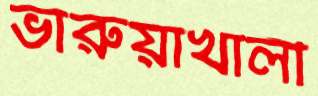
ভারুয়াখালী